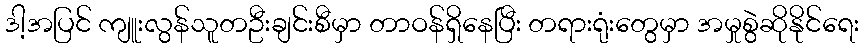
ဒါ့အပြင် ကျူးလွန်သူတဦးချင်းစီမှာ တာဝန်ရှိနေပြီး တရားရုံးတွေမှာ အမှုစွဲဆိုနိုင်ရေး